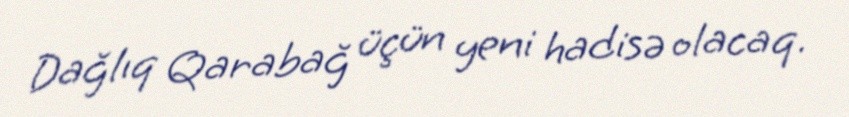
Dağlıq Qarabağ üçün yeni hadisə olacaq.